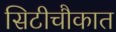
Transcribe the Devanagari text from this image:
सिटीचौकात